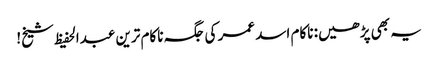
یہ بھی پڑھیں: ناکام اسد عمر کی جگہ ناکام ترین عبدالحفیظ شیخ!